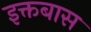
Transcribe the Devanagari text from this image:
इक्तबास